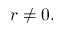
r \neq 0 .